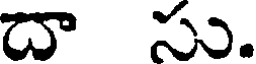
దా సు.